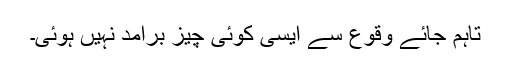
تاہم جائے وقوع سے ایسی کوئی چیز برآمد نہیں ہوئی۔